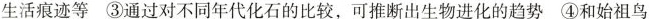
生活痕迹等③通过对不同年代化石的比较，可推断出生物进化的趋势④和始祖鸟